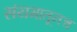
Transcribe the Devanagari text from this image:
संयमातूनच